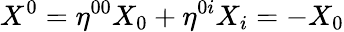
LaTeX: X^{0}=\eta^{00}X_{0}+\eta^{0i}X_{i}=-X_{0}